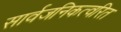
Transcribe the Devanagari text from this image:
सार्वजनिकत्वरित